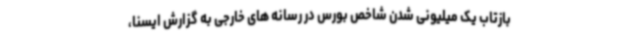
بازتاب یک میلیونی شدن شاخص بورس در رسانه های خارجی به گزارش ایسنا،